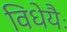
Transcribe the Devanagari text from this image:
विधेयैः